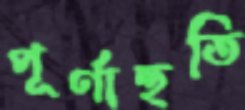
পূর্ণাহুতি